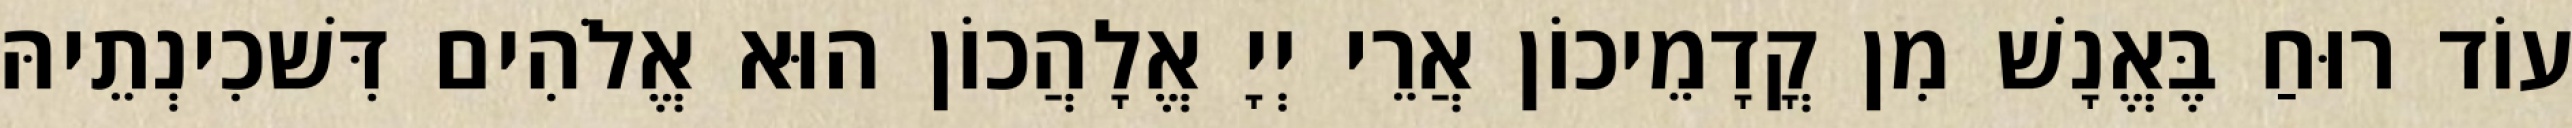
עוֹד רוּחַ בֶּאֱנָשׁ מִן קֳדָמֵיכוֹן אֲרֵי יְיָ אֱלָהֲכוֹן הוּא אֱלֹהִים דִּשׁכִינְתֵיהּ